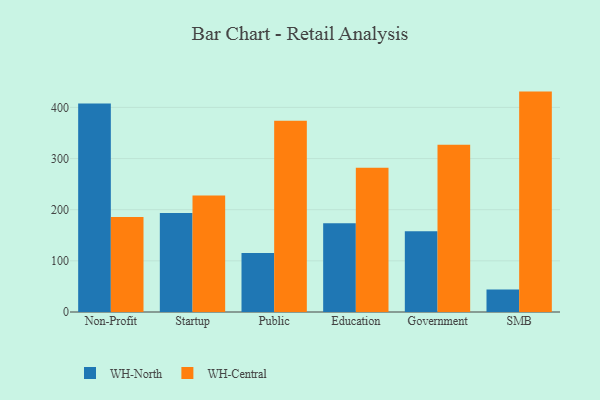
{"axis": {"x": "Segment", "y": "Production Output"}, "legend": ["WH-Central", "WH-North"], "data": [{"x": "Non-Profit", "y": 407.4, "type": "WH-North"}, {"x": "Non-Profit", "y": 185.6, "type": "WH-Central"}, {"x": "Startup", "y": 193.7, "type": "WH-North"}, {"x": "Startup", "y": 227.8, "type": "WH-Central"}, {"x": "Public", "y": 115.3, "type": "WH-North"}, {"x": "Public", "y": 373.8, "type": "WH-Central"}, {"x": "Education", "y": 173.7, "type": "WH-North"}, {"x": "Education", "y": 282.2, "type": "WH-Central"}, {"x": "Government", "y": 158.0, "type": "WH-North"}, {"x": "Government", "y": 326.9, "type": "WH-Central"}, {"x": "SMB", "y": 44.0, "type": "WH-North"}, {"x": "SMB", "y": 430.9, "type": "WH-Central"}]}